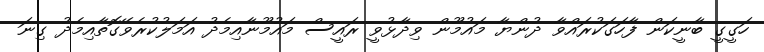
ހަގީގީ ބާނީކަން ފާހަގަކުރައްވާ ދުންޔާ މައުމޫން ވިދާޅުވީ ރައީސް މައުމޫނާއިމެދު އަމަލުކުރެވޭގޮތާއިމެދު ގިނަ